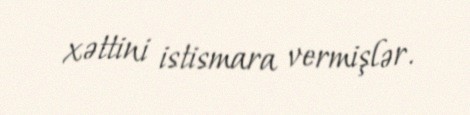
xəttini istismara vermişlər.